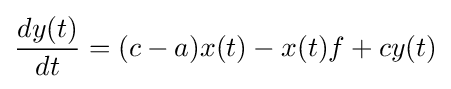
{\frac {dy(t)}{dt}}=(c-a)x(t)-x(t)f+cy(t)